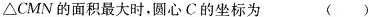
\triangle CMN的面积最大时，圆心C的坐标为 ()